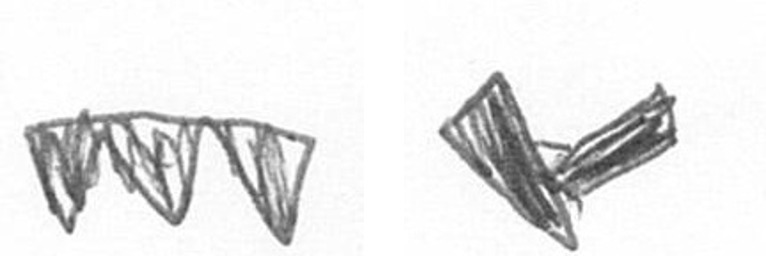
L F